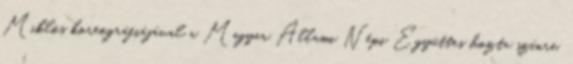
Miklós koreográfiájával a Magyar Állami Népi Együttes hozta színre.